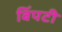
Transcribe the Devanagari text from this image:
बिंपटी